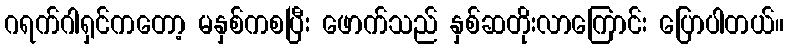
ဂရက်ဂါရှင်ကတော့ မနှစ်ကစပြီး ဖောက်သည် နှစ်ဆတိုးလာကြောင်း ပြောပါတယ်။